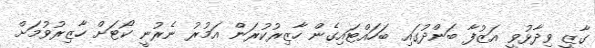
ގާޒީ ވިދާޅުވީ އަޒުފާ ބަންދުގައި ބަހައްޓައިގެން ހާޒިރުކުރަން އަމުރު ނެރުނީ ކޯޓަށް ހާޒިރުވުމަށް